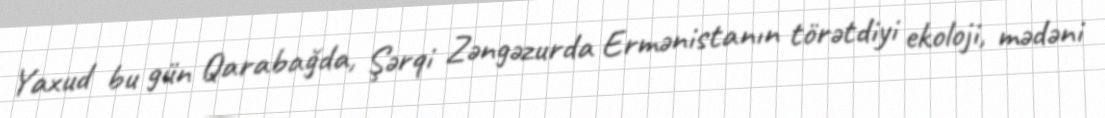
Yaxud bu gün Qarabağda, Şərqi Zəngəzurda Ermənistanın törətdiyi ekoloji, mədəni